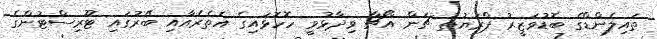
ތައިލެންޑްގެ ބޮޑުވަޒީރު ޕްރަޔުތު ޗަން އޯޗާ ވިދާޅުވީ ހޮހޮޅައިގެ އެތެރެއާއި ބޭރުގައި ޓޫރިސްޓުންގެ